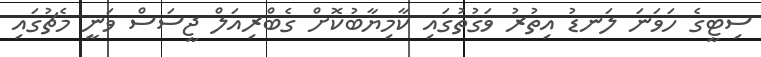
ސިޓީގެ ހަވަނަ ލަނޑު އިތުރު ވަގުތުގައި ކާމިޔާބުކޮށް ގެބްރިއަލް ޖީސަސް ވަނީ މެޗުގައި